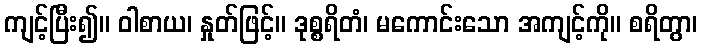
ကျင့်ပြီး၍။ ဝါစာယ၊ နှုတ်ဖြင့်။ ဒုစ္စရိတံ၊ မကောင်းသော အကျင့်ကို။ စရိတွာ၊